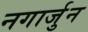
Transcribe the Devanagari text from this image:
नगार्जुन